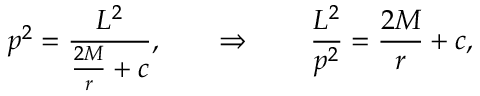
p ^ { 2 } = { \frac { L ^ { 2 } } { { \frac { 2 M } { r } } + c } } , \qquad \Rightarrow \qquad { \frac { L ^ { 2 } } { p ^ { 2 } } } = { \frac { 2 M } { r } } + c ,